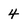
Character: 4